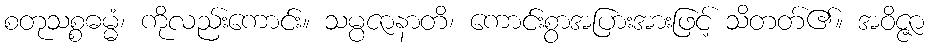
စတုသစ္စဓမ္မံ၊ ကိုလည်းကောင်း။ သမ္ပဇာနာတိ၊ ကောင်းစွာအပြားအားဖြင့် သိတတ်၏။ အဝိဇ္ဇာ